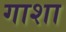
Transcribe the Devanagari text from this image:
गाशा